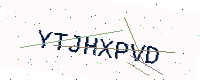
Text: YTJHXPVD